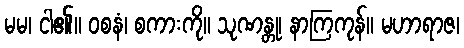
မမ၊ ငါ၏။ ဝစနံ၊ စကားကို။ သုဏန္တု၊ နာကြကုန်။ မဟာရာဇ၊